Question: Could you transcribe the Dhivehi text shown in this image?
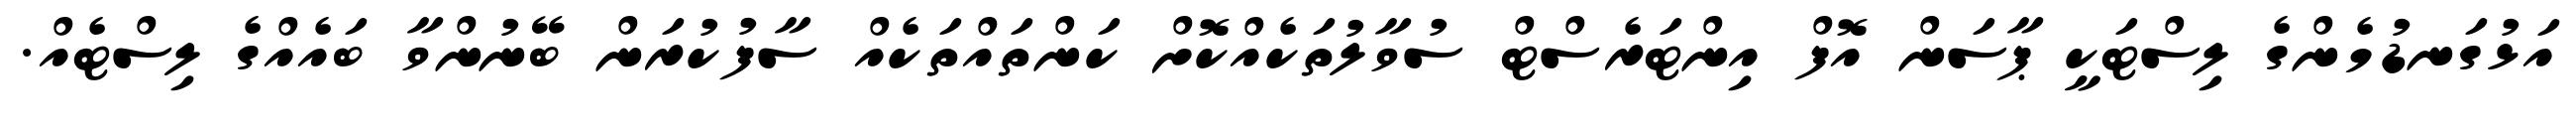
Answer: އަޅުގަނޑުމެންގެ ލިސްޓަކީ ޕާސަން އޮފް އިންޓަރެސްޓް ސުވާލުތަކެއްކޮށް ކަންތައްތަކެއް ސާފުކުރަން ބޭނުންވާ ބައެއްގެ ލިސްޓެއް.